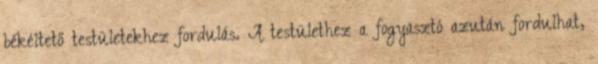
békéltető testületekhez fordulás. A testülethez a fogyasztó azután fordulhat,